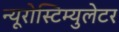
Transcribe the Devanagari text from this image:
न्यूरोस्टिम्युलेटर